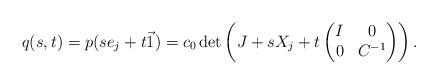
LaTeX: \begin{align*}q(s,t) = p(s e_j + t\vec{1}) = c_0 \det\left(J + s X_j + t \begin{pmatrix} I & 0 \\ 0 & C^{-1} \end{pmatrix}\right). \end{align*}